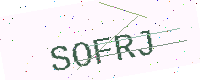
Text: SOFRJ